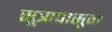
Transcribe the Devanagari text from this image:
सूत्रापासून